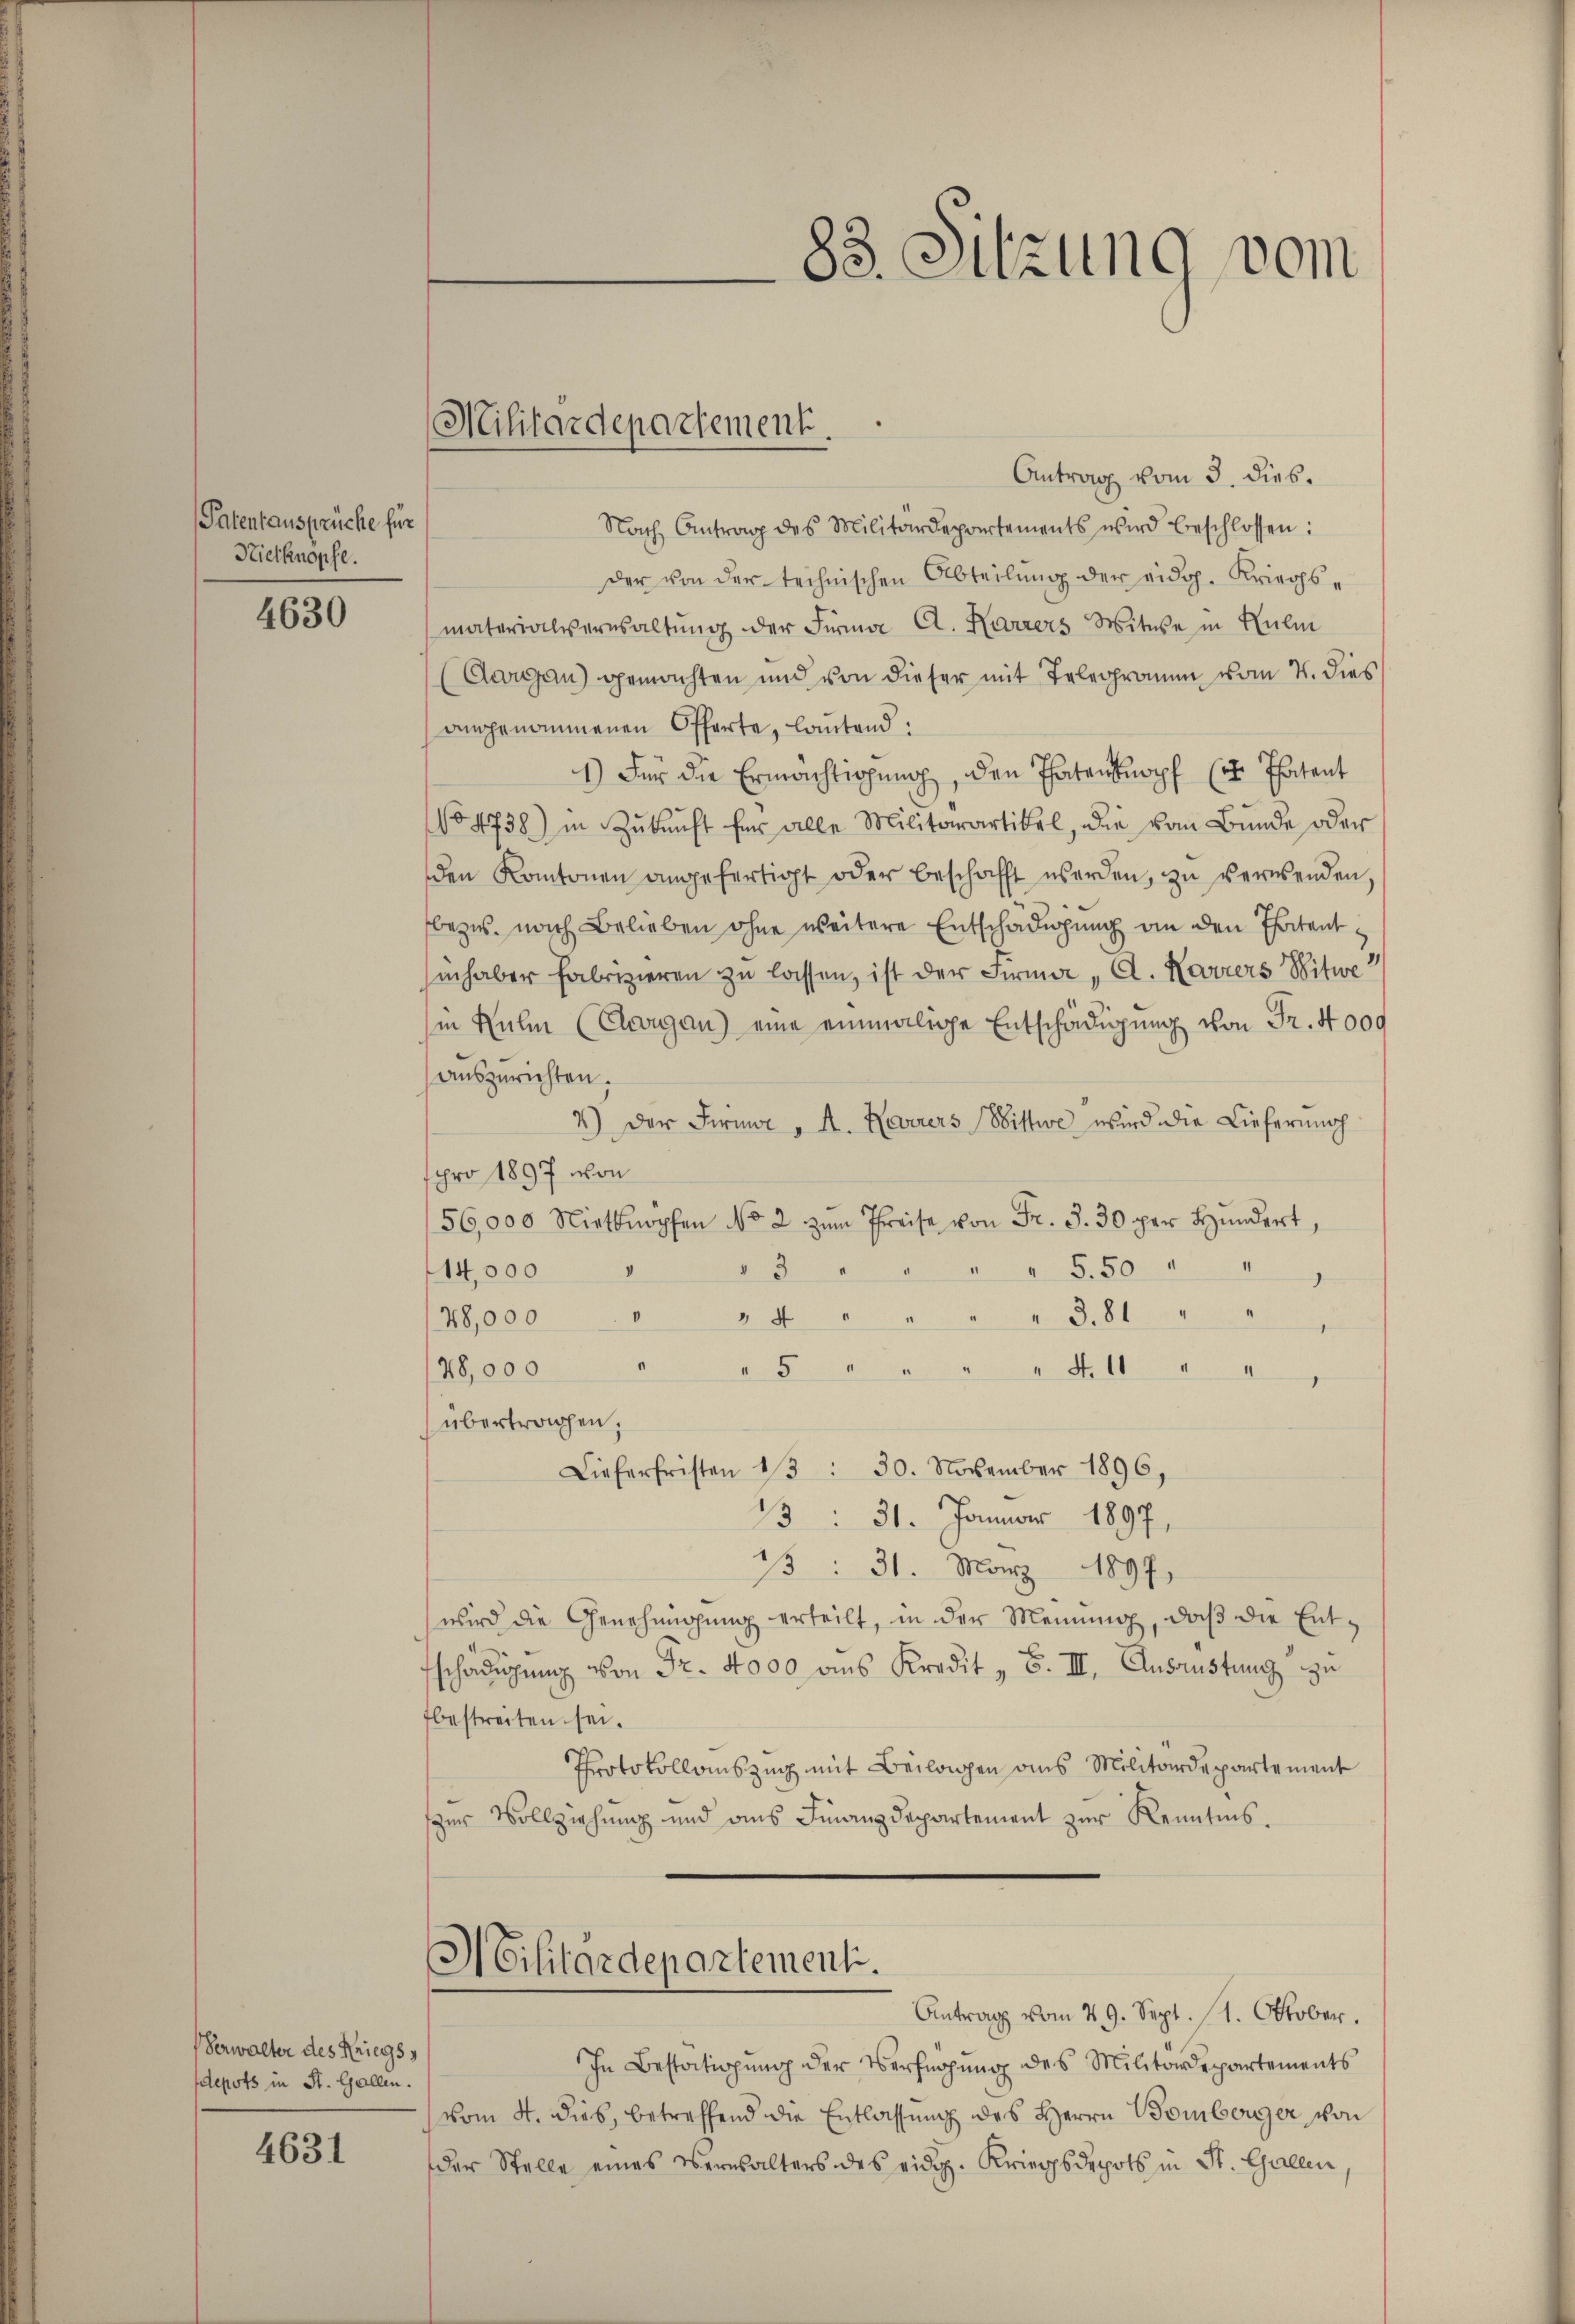
Patentausprüche für
Niethnopfe.

4630

Verwalter des Kriegss
depots in St. Gallen.

4631

Antrag vom 3. dies.
Nach Antrag des Militärdepartements wird beschlossen:
der von der technischen Abteilŭng der eidg. Kriegsmaterialsersaltŭng der Firma C. Karrers Witwe in Kulm
(Aargau) gemachten und von dieser mit Telegramm vom 4. dies
angenommenen Offerte, lautend:
1) Für die Ermachtigung, den Thatentnopf ( Thatent
No 4738) in Zŭkŭnft für alle Militärartikel, die vom Bunde oder
den Kantonen angefertigt oder beschafft werden, zu verwenden,
bezw. nach Belieben ohne weitere Entschädigung an den Thatent
inhaber Fabrizieren zŭ lassen, ist der Firma „A. Karrers Witwe
in Kulm (Cougan) eine einmalige Entschädigung von Fr. 4000
auszurichten.
4) der Firmm " A. Herrers Wittwe wird die Liefernnoch
pro 1897 von
56,000 Niethnophen No 2. zŭm Preise von Fr. 3. 30 per Hundert,
14,000
" 5.50 "
 3 "
A
28,000
» 4 " " " " 381 " " "
II
78,000
5 " " " " 400 " 1
übertragen,
Lieferfristen 13 : 30. November 1896,
13: 31. Januar 1897
B: 31. März 1897
wird die Genehmigŭng erteilt, in der Meinŭng, daβ die Ent-
tschädigung von Fr. 4000 ains Kredit " F. III. Ausrüstung zu
fbestreiten sei.
Protokollauszug mit Beilagen aus Militärdepartement
zur Vollziehung und ans Finanzdepartement zur Kenntnis.

Militärdepartement.

H Cilitärdepartement.

83. Sitzung vom

Antrag vom 29. Sept. 11. Oktober.
In Bestätigung der Verfügung des Militärdepartements
vom 4. Dieb, betreffend die Entlassung des Herrn Bomberger von
der Stelle eines Versalters des eidg. Kriegsdepots in St. Gallen